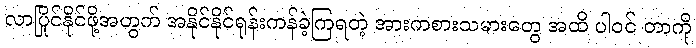
လာပြိုင်နိုင်ဖို့အတွက် အနိုင်နိုင်ရုန်းကန်ခဲ့ကြရတဲ့ အားကစားသမားတွေ အထိ ပါဝင် တာကို